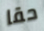
حقا